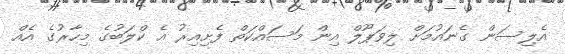
އެލިސަން ގެނައުމަށް ލިވަޕޫލް އިން މަސައްކަތް ފެށިއިރު އެ ކްލަބުގެ މިހާރުގެ އެއް